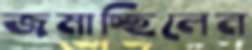
জমাচ্ছিলেন